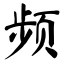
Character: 频